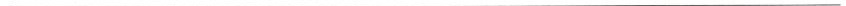
___